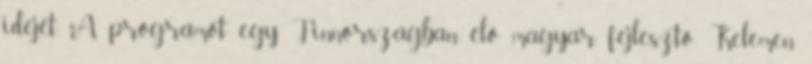
idejét. A programot egy Finnországban élő magyar fejlesztő, Kelemen